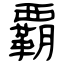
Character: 覇